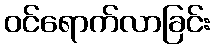
ဝင်ရောက်လာခြင်း